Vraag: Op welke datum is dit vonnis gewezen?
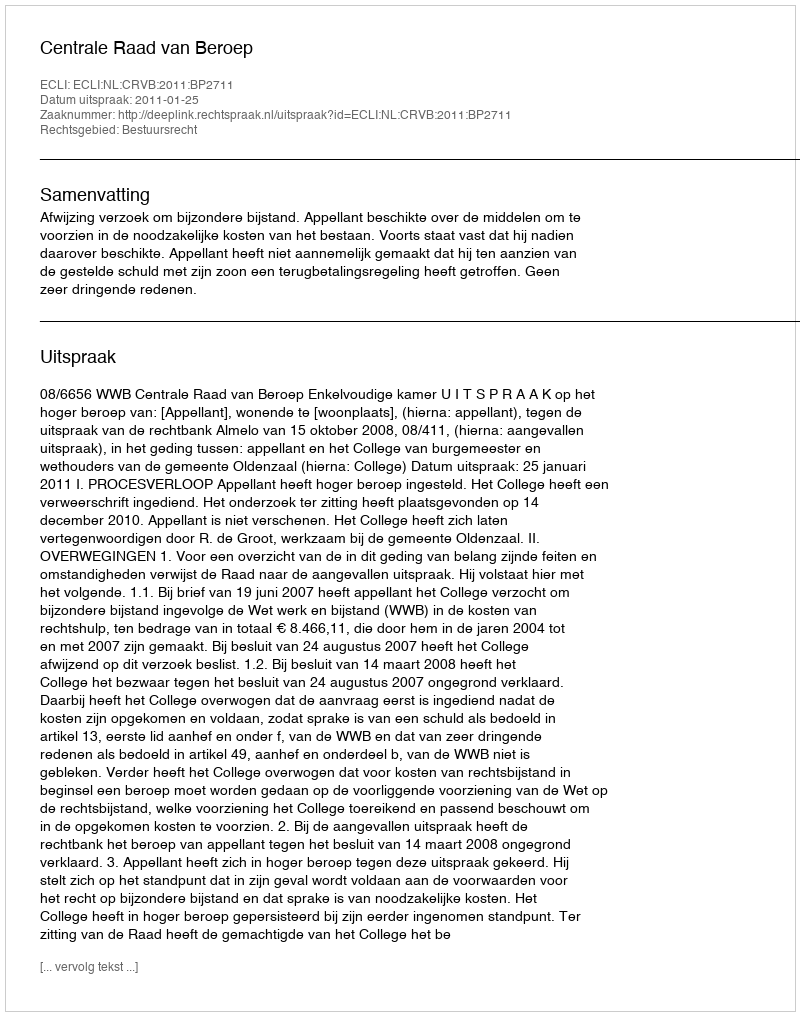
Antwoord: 2011-01-25